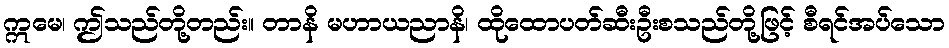
ဣမေ၊ ဤသည်တို့တည်း။ တာနိ မဟာယညာနိ၊ ထိုထောပတ်ဆီးဦးစသည်တို့ဖြင့် စီရင်အပ်သော